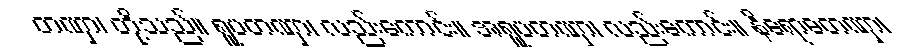
တဏှာ၊ တို့သည်။ ရူပတဏှာ၊ လည်းကောင်း။ အရူပတဏှာ၊ လည်းကောင်း။ နိရောဓတဏှာ၊